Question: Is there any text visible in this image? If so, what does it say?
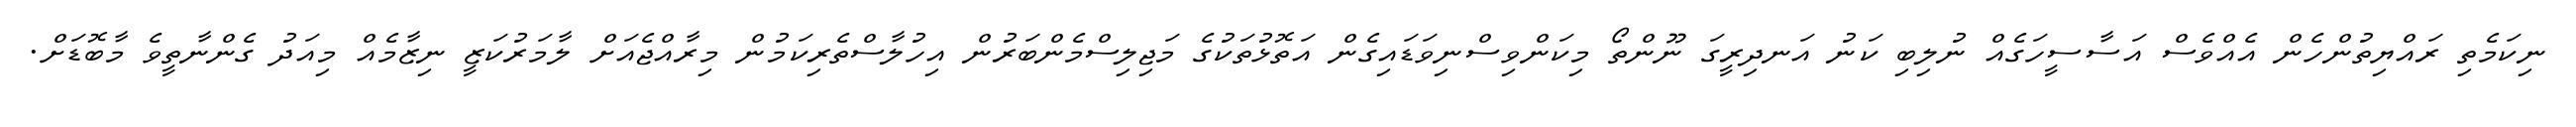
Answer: ނިކަމެތި ރައްޔިތުންހެން އެއްވެސް އަސާސީހަގެއް ނުލިބި ކަނު އަނދިރީގަ ނޫންތޯ މިކަންވިސްނިވަޑައިގެން އަތޮޅުތަކުގެ މަޖިލިސްމެންބަރުން އިހުލާސްތެރިކަމުން މިރާއްޖެއަށް ލާމަރުކަޒީ ނިޒާމެއް މިއަދު ގެންނާތީވެ މާބޮޑަށް.